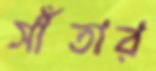
সাঁতার